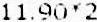
11.90*2